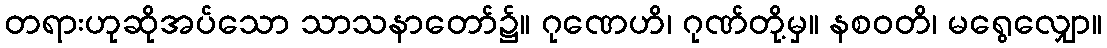
တရားဟုဆိုအပ်သော သာသနာတော်၌။ ဂုဏေဟိ၊ ဂုဏ်တို့မှ။ နစဝတိ၊ မရွေလျှော။